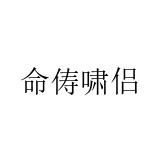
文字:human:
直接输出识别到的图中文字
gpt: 命俦啸侣